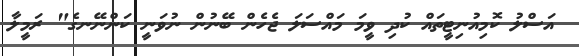
އަސްލު ކޮމިއުނިޓީތައް ކުދި ވީމަ މައްސަލަ ޖެހެން ބޭނުން ނުވަނީ ކަންނޭނގެ" ރަމީލާ